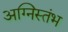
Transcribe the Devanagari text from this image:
अग्निस्तंभ